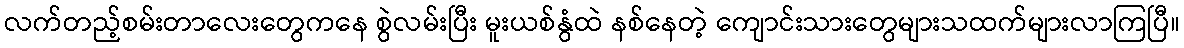
လက်တည့်စမ်းတာလေးတွေကနေ စွဲလမ်းပြီး မူးယစ်နွံထဲ နစ်နေတဲ့ ကျောင်းသားတွေများသထက်များလာကြပြီ။